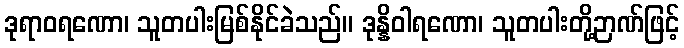
ဒုရာဝရဏော၊ သူတပါးမြစ်နိုင်ခဲသည်။ ဒုန္နိဝါရဏော၊ သူတပါးတို့ဉာဏ်ဖြင့်